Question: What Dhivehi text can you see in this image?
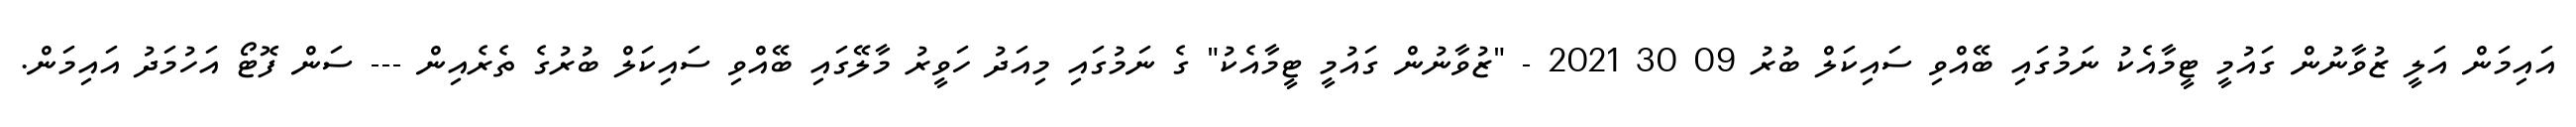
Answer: އައިމަން އަލީ ޒުވާނުން ގައުމީ ޓީމާއެކު ނަމުގައި ބޭއްވި ސައިކަލް ބުރު 09 30 2021 - "ޒުވާނުން ގައުމީ ޓީމާއެކު" ގެ ނަމުގައި މިއަދު ހަވީރު މާލޭގައި ބޭއްވި ސައިކަލް ބުރުގެ ތެރެއިން --- ސަން ފޮޓޯ އަހުމަދު އައިމަން.